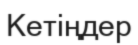
Кетіңдер